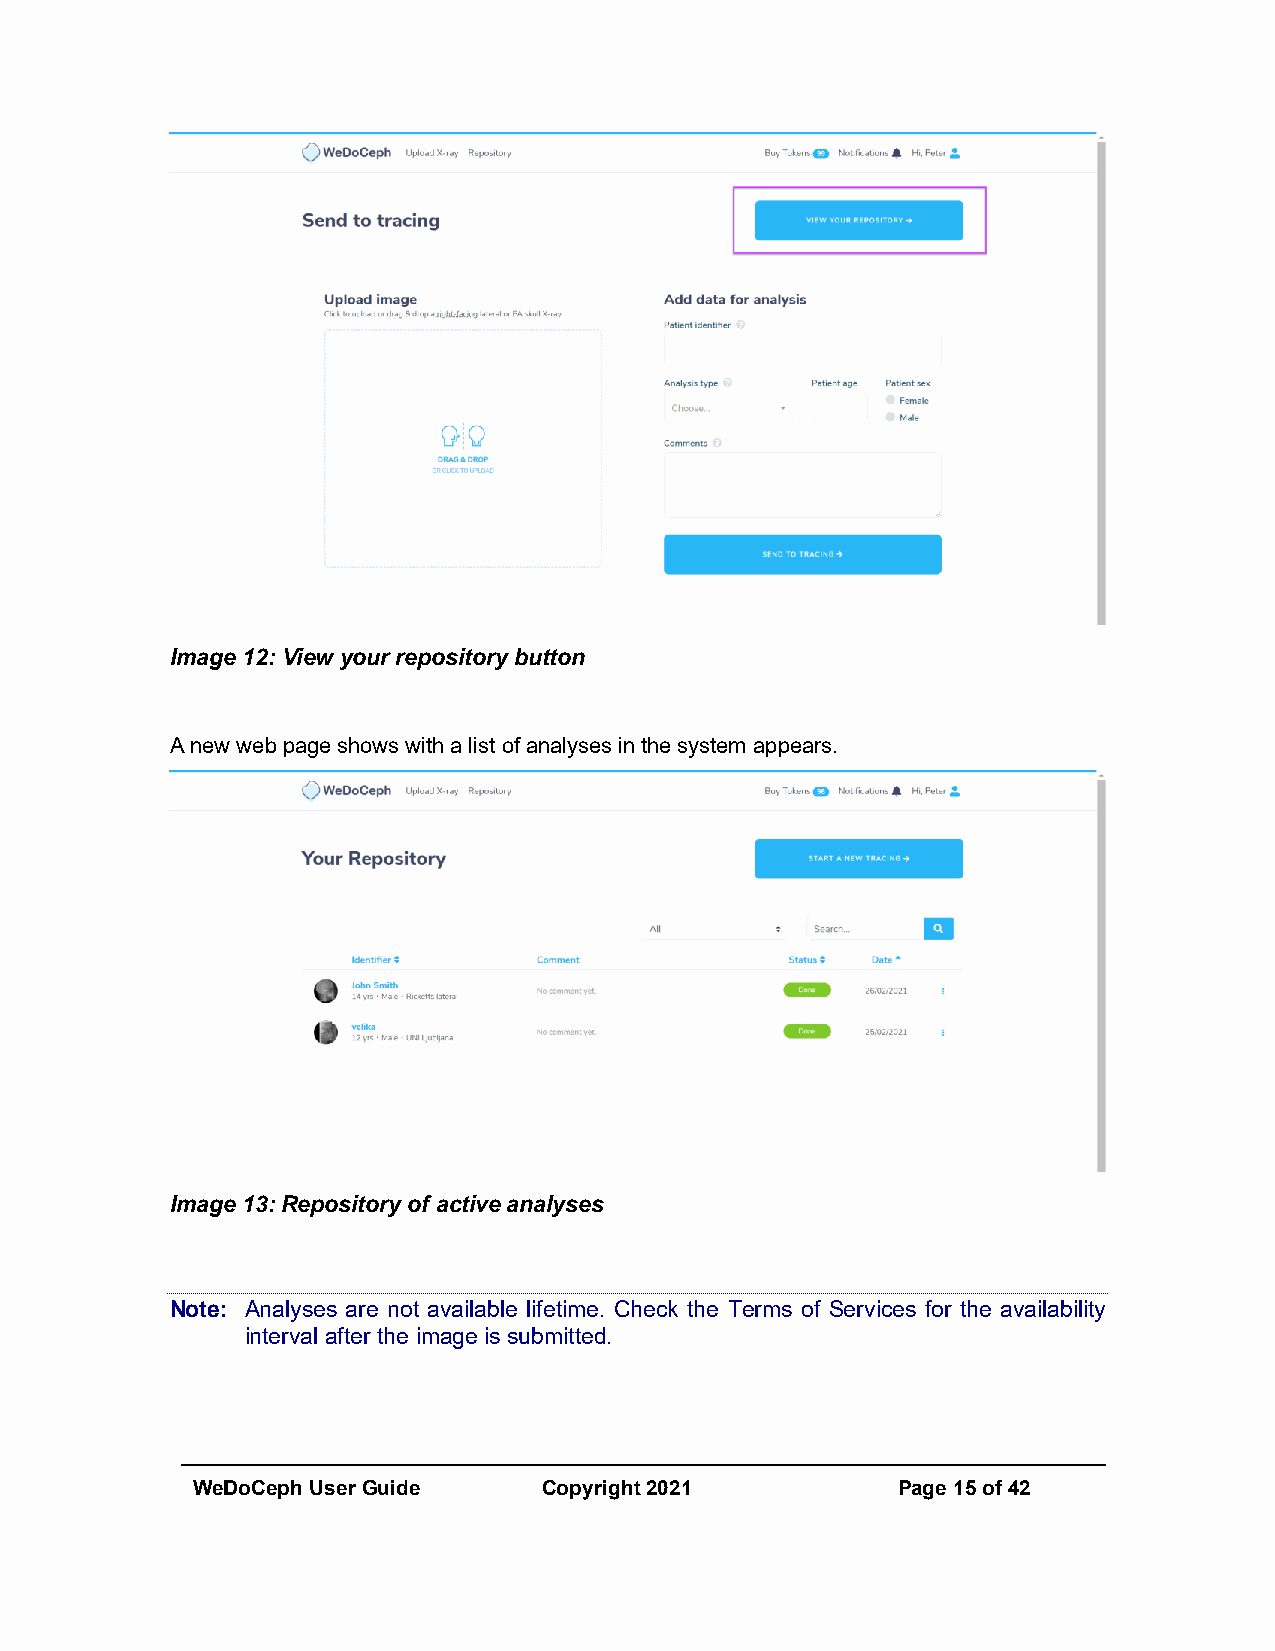
Image 12: View your repository button
 A new web page shows with a list of analyses in the system appears.
 Image 13: Repository of active analyses
 Note: Analyses are not available lifetime. Check the Terms of Services for the availability
 interval after the image is submitted.
 WeDoCeph User Guide    Copyright 2021         Page 15 of 42